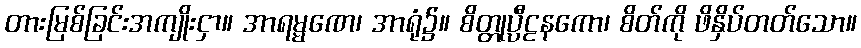
တားမြစ်ခြင်းအကျိုးငှာ။ အာရမ္မဏေ၊ အာရုံ၌။ စိတ္တုပ္ပီဠနကော၊ စိတ်ကို ဖိနှိပ်တတ်သော။